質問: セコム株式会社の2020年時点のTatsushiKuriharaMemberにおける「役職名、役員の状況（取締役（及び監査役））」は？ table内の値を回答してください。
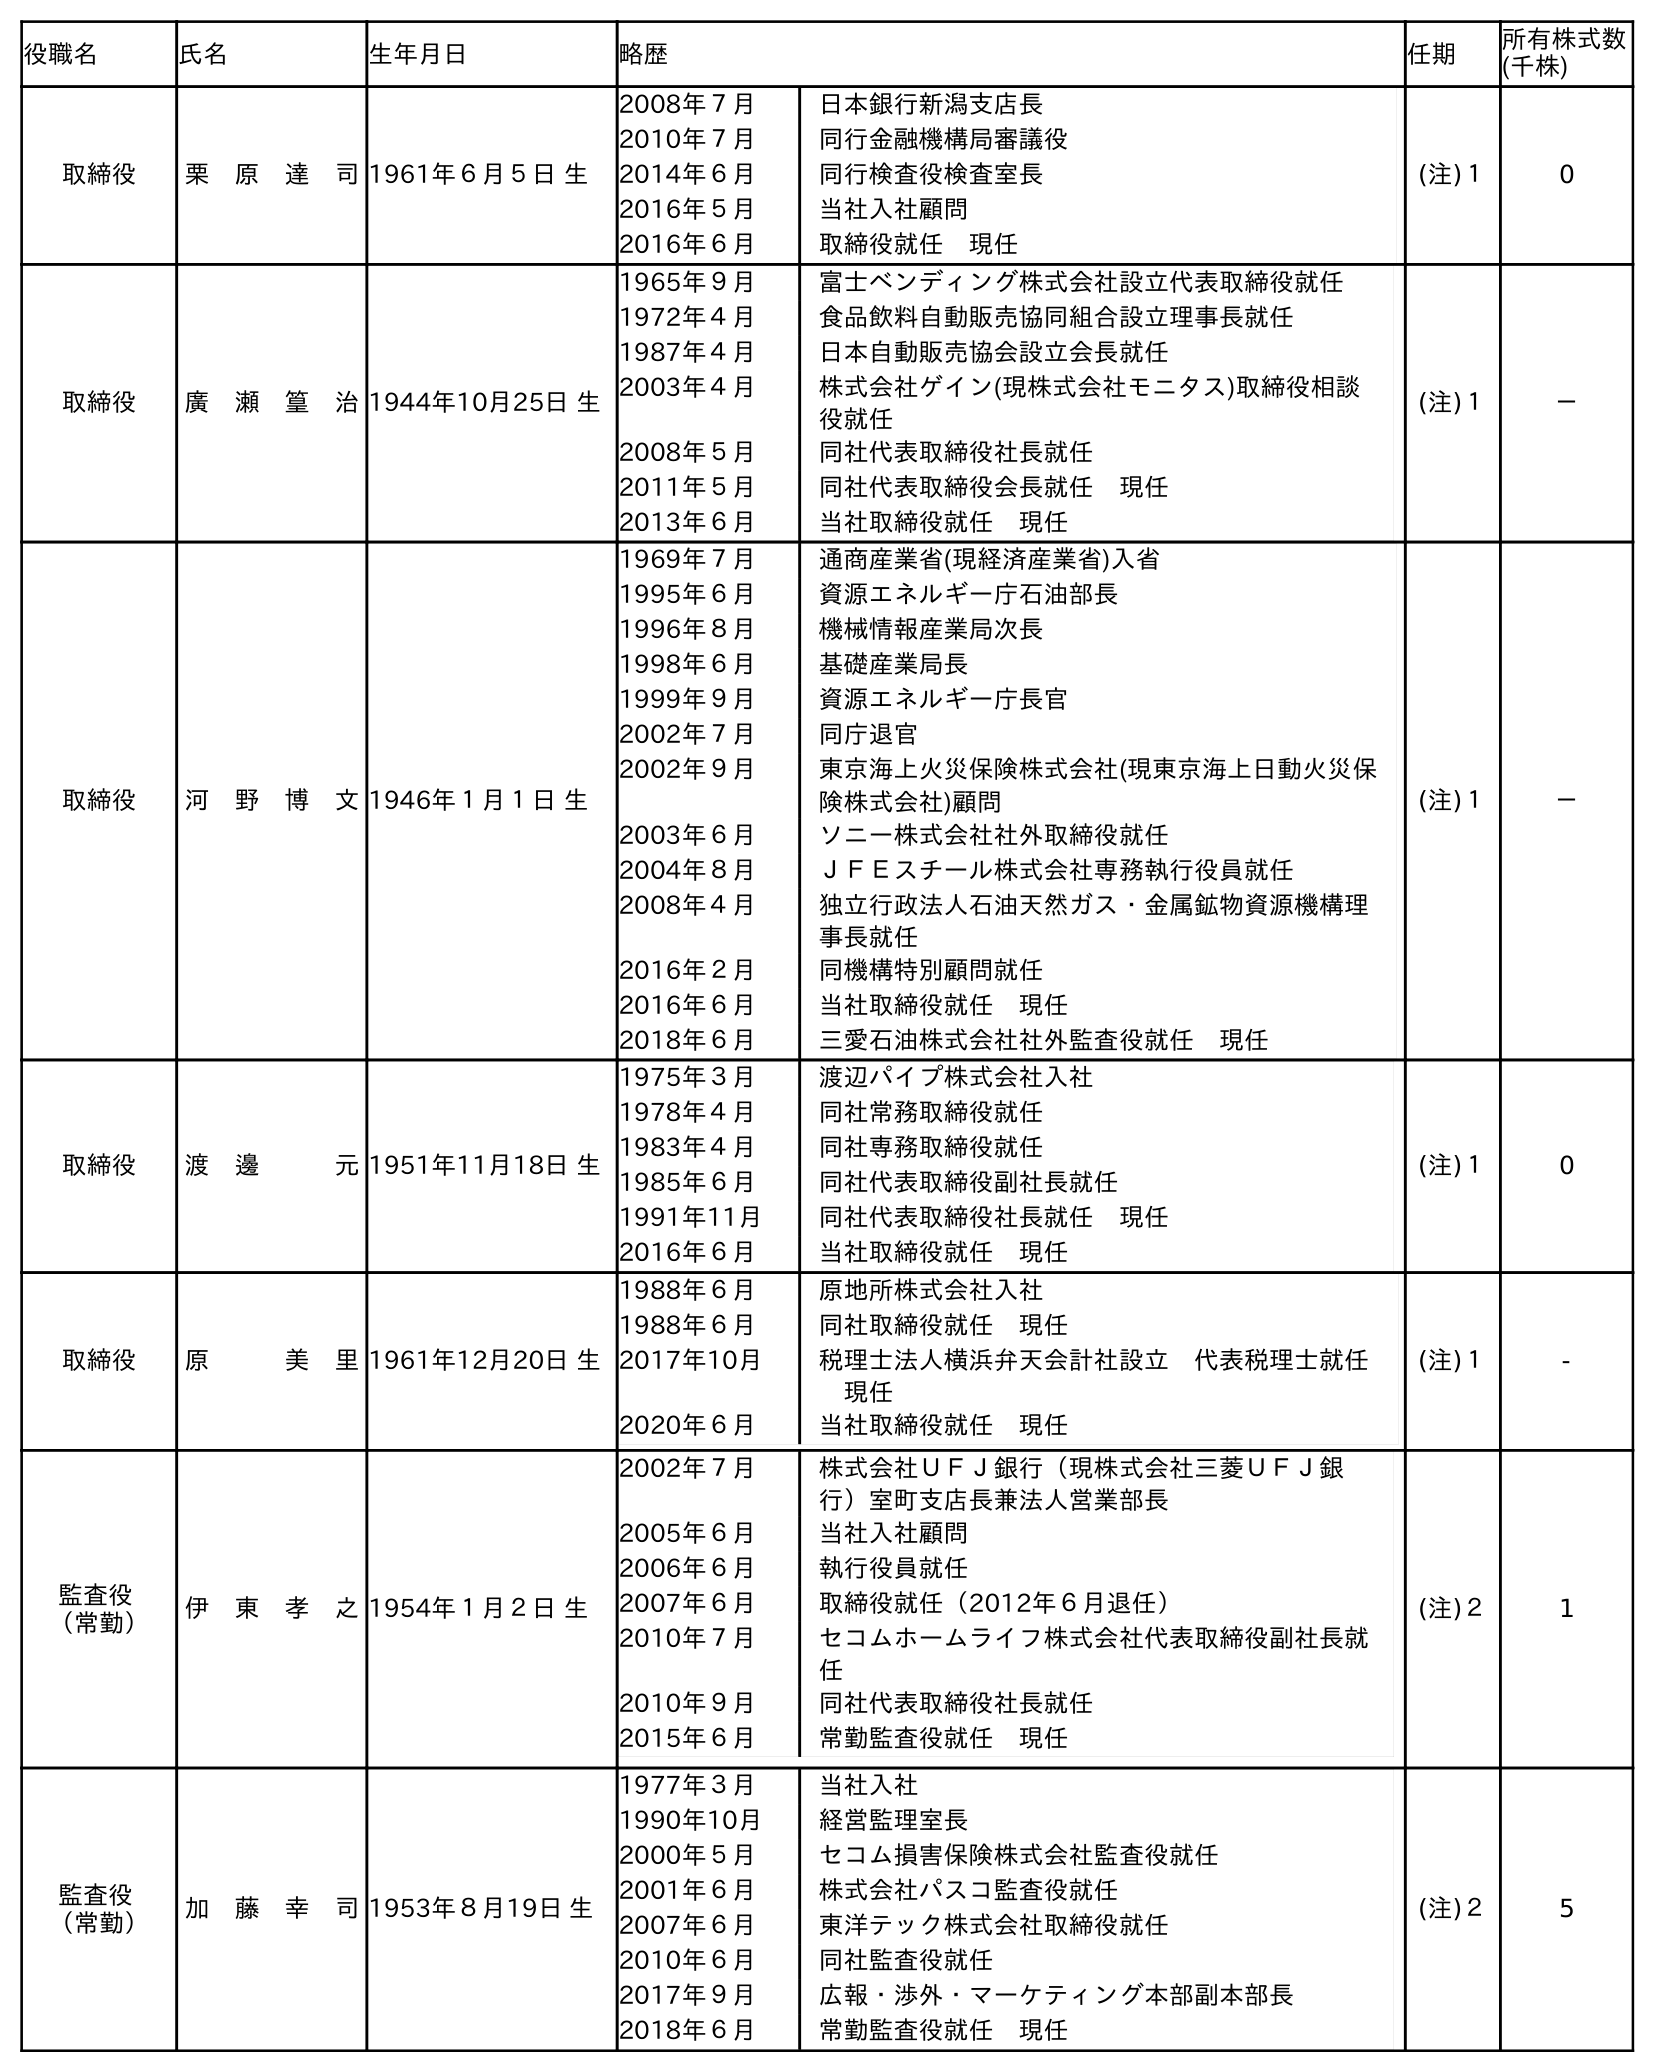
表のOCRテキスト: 役職名 氏名 生年月日 略歴 任期 所有株式数 (千株) 取締役 栗 原 達 司1961年６月５日 生 2008年７月 日本銀行新潟支店長 2010年７月 同行金融機構局審議役 2014年６月 同行検査役検査室長 2016年５月 当社入社顧問 2016年６月 取締役就任 現任 (注)１ 0 取締役 廣 瀬 篁 治1944年10月25日 生 1965年９月 富士ベンディング株式会社設立代表取締役就任 1972年４月 食品飲料自動販売協同組合設立理事長就任 1987年４月 日本自動販売協会設立会長就任 2003年４月 株式会社ゲイン(現株式会社モニタス)取締役相談 役就任 2008年５月 同社代表取締役社長就任 2011年５月 同社代表取締役会長就任 現任 2013年６月 当社取締役就任 現任 (注)１ － 取締役 河 野 博 文1946年１月１日 生 1969年７月 通商産業省(現経済産業省)入省 1995年６月 資源エネルギー庁石油部長 1996年８月 機械情報産業局次長 1998年６月 基礎産業局長 1999年９月 資源エネルギー庁長官 2002年７月 同庁退官 2002年９月 東京海上火災保険株式会社(現東京海上日動火災保 険株式会社)顧問 2003年６月 ソニー株式会社社外取締役就任 2004年８月 ＪＦＥスチール株式会社専務執行役員就任 2008年４月 独立行政法人石油天然ガス・金属鉱物資源機構理 事長就任 2016年２月 同機構特別顧問就任 2016年６月 当社取締役就任 現任 2018年６月 三愛石油株式会社社外監査役就任 現任 (注)１ － 取締役 渡 邊   元1951年11月18日 生 1975年３月 渡辺パイプ株式会社入社 1978年４月 同社常務取締役就任 1983年４月 同社専務取締役就任 1985年６月 同社代表取締役副社長就任 1991年11月 同社代表取締役社長就任 現任 2016年６月 当社取締役就任 現任 (注)１ 0 取締役 原   美 里1961年12月20日 生 1988年６月 原地所株式会社入社 1988年６月 同社取締役就任 現任 2017年10月 税理士法人横浜弁天会計社設立 代表税理士就任  現任 2020年６月 当社取締役就任 現任 (注)１ - 監査役 （常勤） 伊 東 孝 之1954年１月２日 生 2002年７月 株式会社ＵＦＪ銀行（現株式会社三菱ＵＦＪ銀 行）室町支店長兼法人営業部長 2005年６月 当社入社顧問 2006年６月 執行役員就任 2007年６月 取締役就任（2012年６月退任） 2010年７月 セコムホームライフ株式会社代表取締役副社長就 任 2010年９月 同社代表取締役社長就任 2015年６月 常勤監査役就任 現任 (注)２ 1 監査役 （常勤） 加 藤 幸 司1953年８月19日 生 1977年３月 当社入社 1990年10月 経営監理室長 2000年５月 セコム損害保険株式会社監査役就任 2001年６月 株式会社パスコ監査役就任 2007年６月 東洋テック株式会社取締役就任 2010年６月 同社監査役就任 2017年９月 広報・渉外・マーケティング本部副本部長 2018年６月 常勤監査役就任 現任 (注)２ 5
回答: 取締役